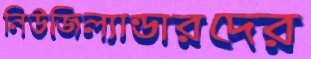
নিউজিল্যান্ডারদের